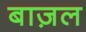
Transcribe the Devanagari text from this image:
बाज़ल